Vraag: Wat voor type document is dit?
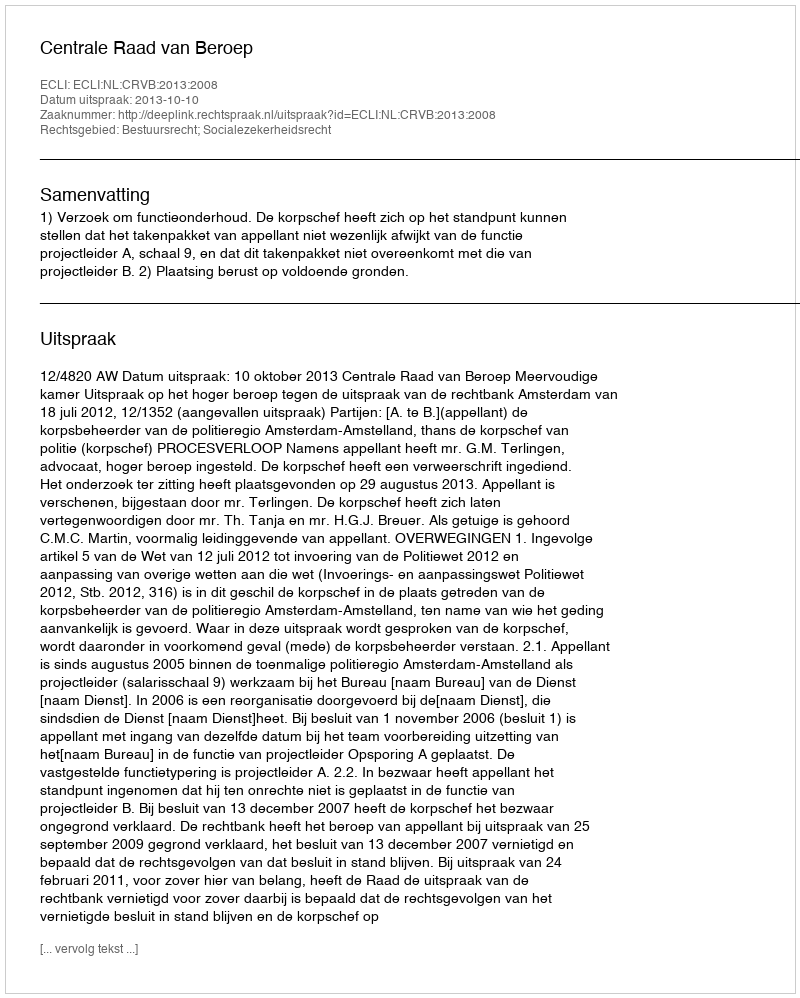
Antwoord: Uitspraak